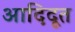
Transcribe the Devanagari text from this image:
आदिदूत